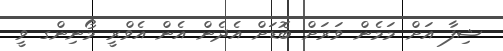
ޝިފާ އަށް މަމެން ވަރަށް ބޮޑަށް އެދެން އެން އެވްރީ މޯނިންގ ވީ